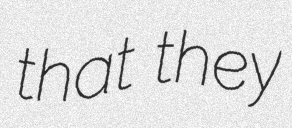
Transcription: that they